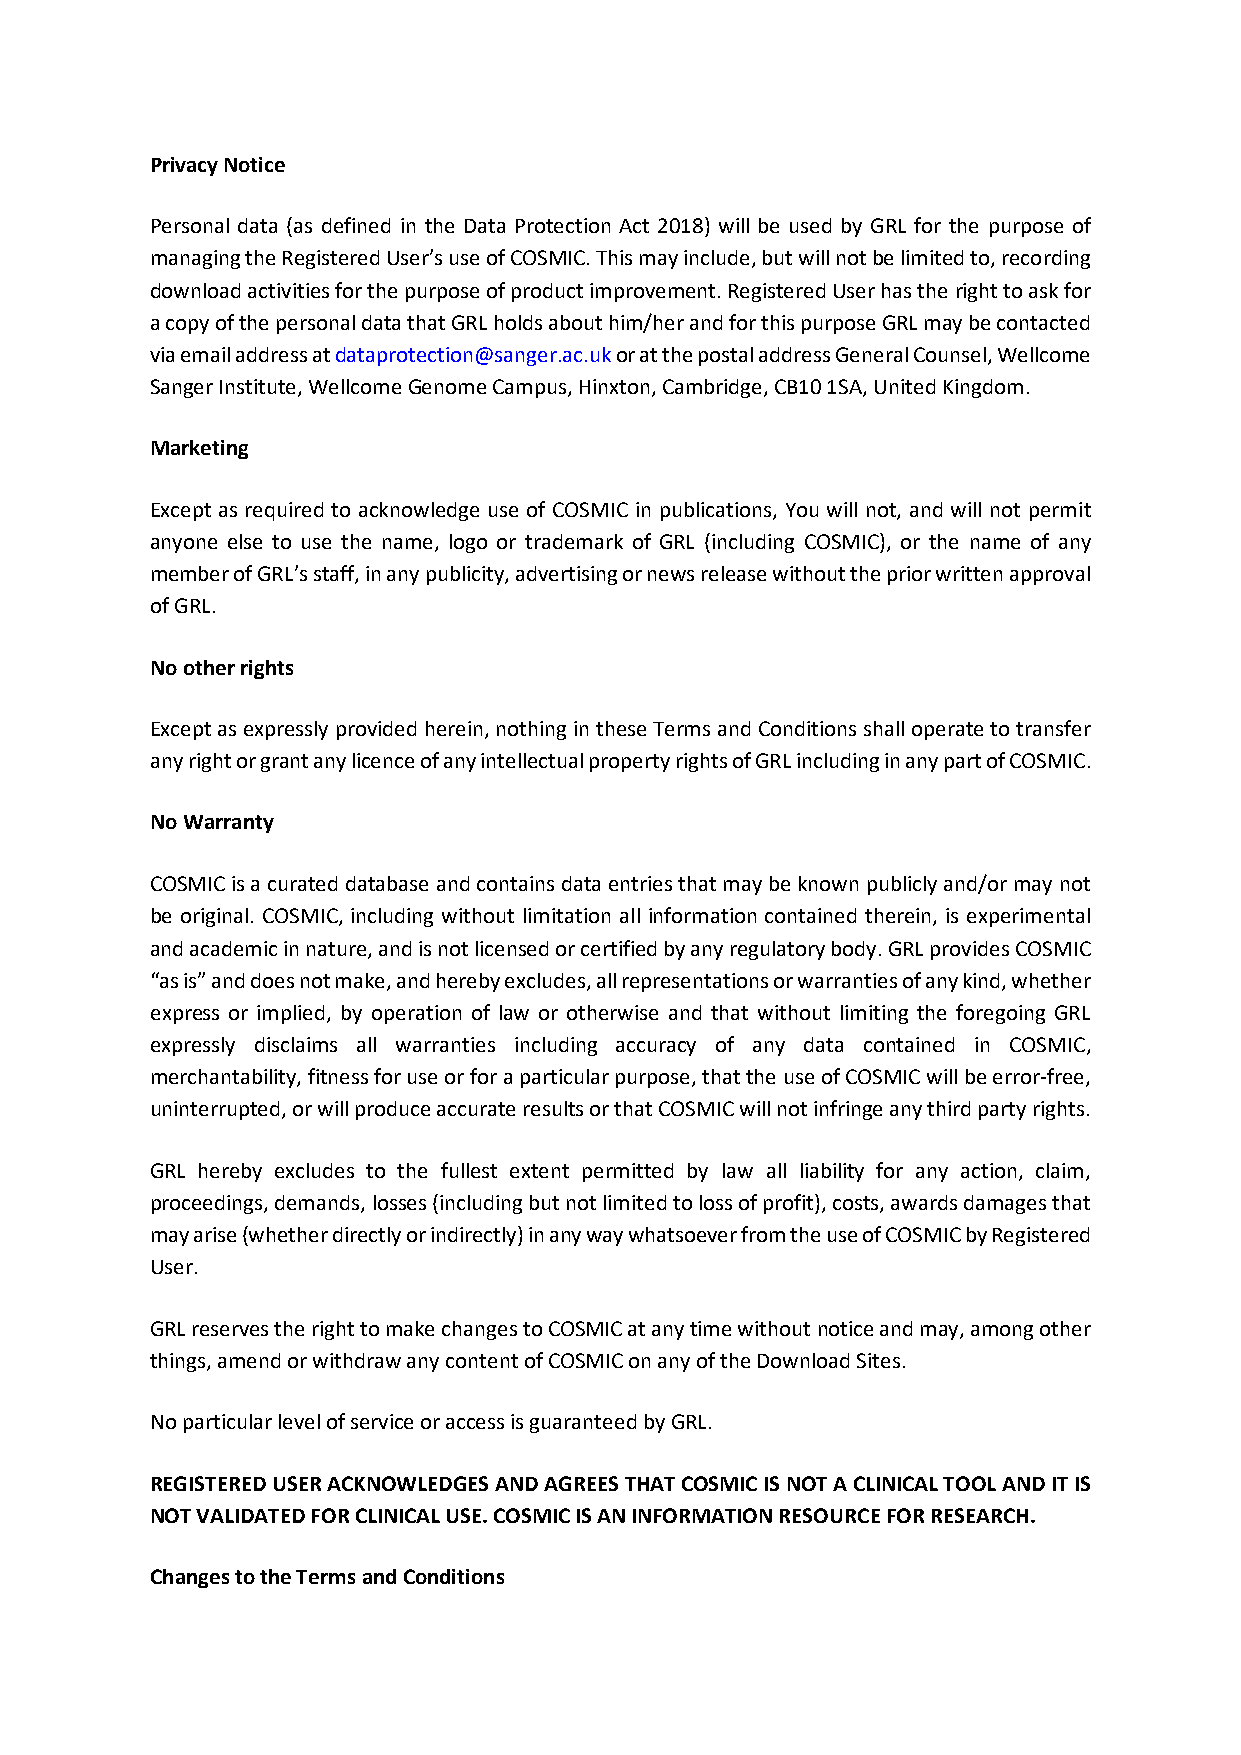
Privacy Notice
 Personal data (as defined in the Data Protection Act 2018) will be used by GRL for the purpose of
 managing the Registered User’s use of COSMIC. This may include, but will not be limited to, recording
 download activities for the purpose of product improvement. Registered User has the right to ask for
 a copy of the personal data that GRL holds about him/her and for this purpose GRL may be contacted
 via email address at dataprotection@sanger.ac.uk or at the postal address General Counsel, Wellcome
 Sanger Institute, Wellcome Genome Campus, Hinxton, Cambridge, CB10 1SA, United Kingdom.
 Marketing
 Except as required to acknowledge use of COSMIC in publications, You will not, and will not permit
 anyone else to use the name, logo or trademark of GRL (including COSMIC), or the name of any
 member of GRL’s staff, in any publicity, advertising or news release without the prior written approval
 of GRL.
 No other rights
 Except as expressly provided herein, nothing in these Terms and Conditions shall operate to transfer
 any right or grant any licence of any intellectual property rights of GRL including in any part of COSMIC.
 No Warranty
 COSMIC is a curated database and contains data entries that may be known publicly and/or may not
 be original. COSMIC, including without limitation all information contained therein, is experimental
 and academic in nature, and is not licensed or certified by any regulatory body. GRL provides COSMIC
 “as is” and does not make, and hereby excludes, all representations or warranties of any kind, whether
 express or implied, by operation of law or otherwise and that without limiting the foregoing GRL
 expressly disclaims all warranties including accuracy of any data contained in COSMIC,
 merchantability, fitness for use or for a particular purpose, that the use of COSMIC will be error‐free,
 uninterrupted, or will produce accurate results or that COSMIC will not infringe any third party rights.
 GRL hereby excludes to the fullest extent permitted by law all liability for any action, claim,
 proceedings, demands, losses (including but not limited to loss of profit), costs, awards damages that
 may arise (whether directly or indirectly) in any way whatsoever from the use of COSMIC by Registered
 User.
 GRL reserves the right to make changes to COSMIC at any time without notice and may, among other
 things, amend or withdraw any content of COSMIC on any of the Download Sites.
 No particular level of service or access is guaranteed by GRL.
 REGISTERED USER ACKNOWLEDGES AND AGREES THAT COSMIC IS NOT A CLINICAL TOOL AND IT IS
 NOT VALIDATED FOR CLINICAL USE. COSMIC IS AN INFORMATION RESOURCE FOR RESEARCH.
 Changes to the Terms and Conditions